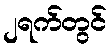
၂ရက်တွင်